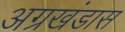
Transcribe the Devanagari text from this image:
अग्रखंडास